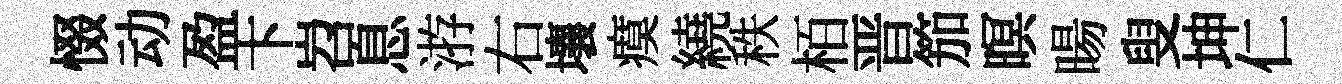
惙动盈卞岧息㳺右壤瘼繞秩栢晋笳暝暘叟坤仁